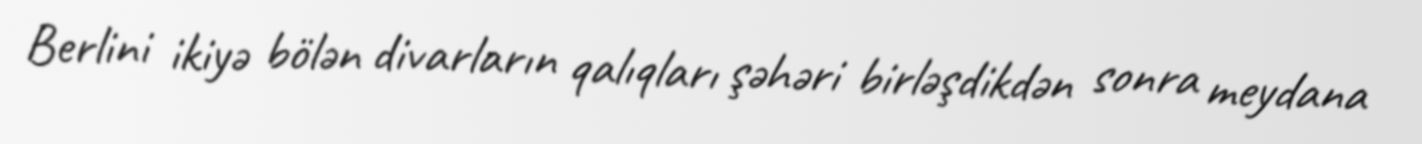
Berlini ikiyə bölən divarların qalıqları şəhəri birləşdikdən sonra meydana